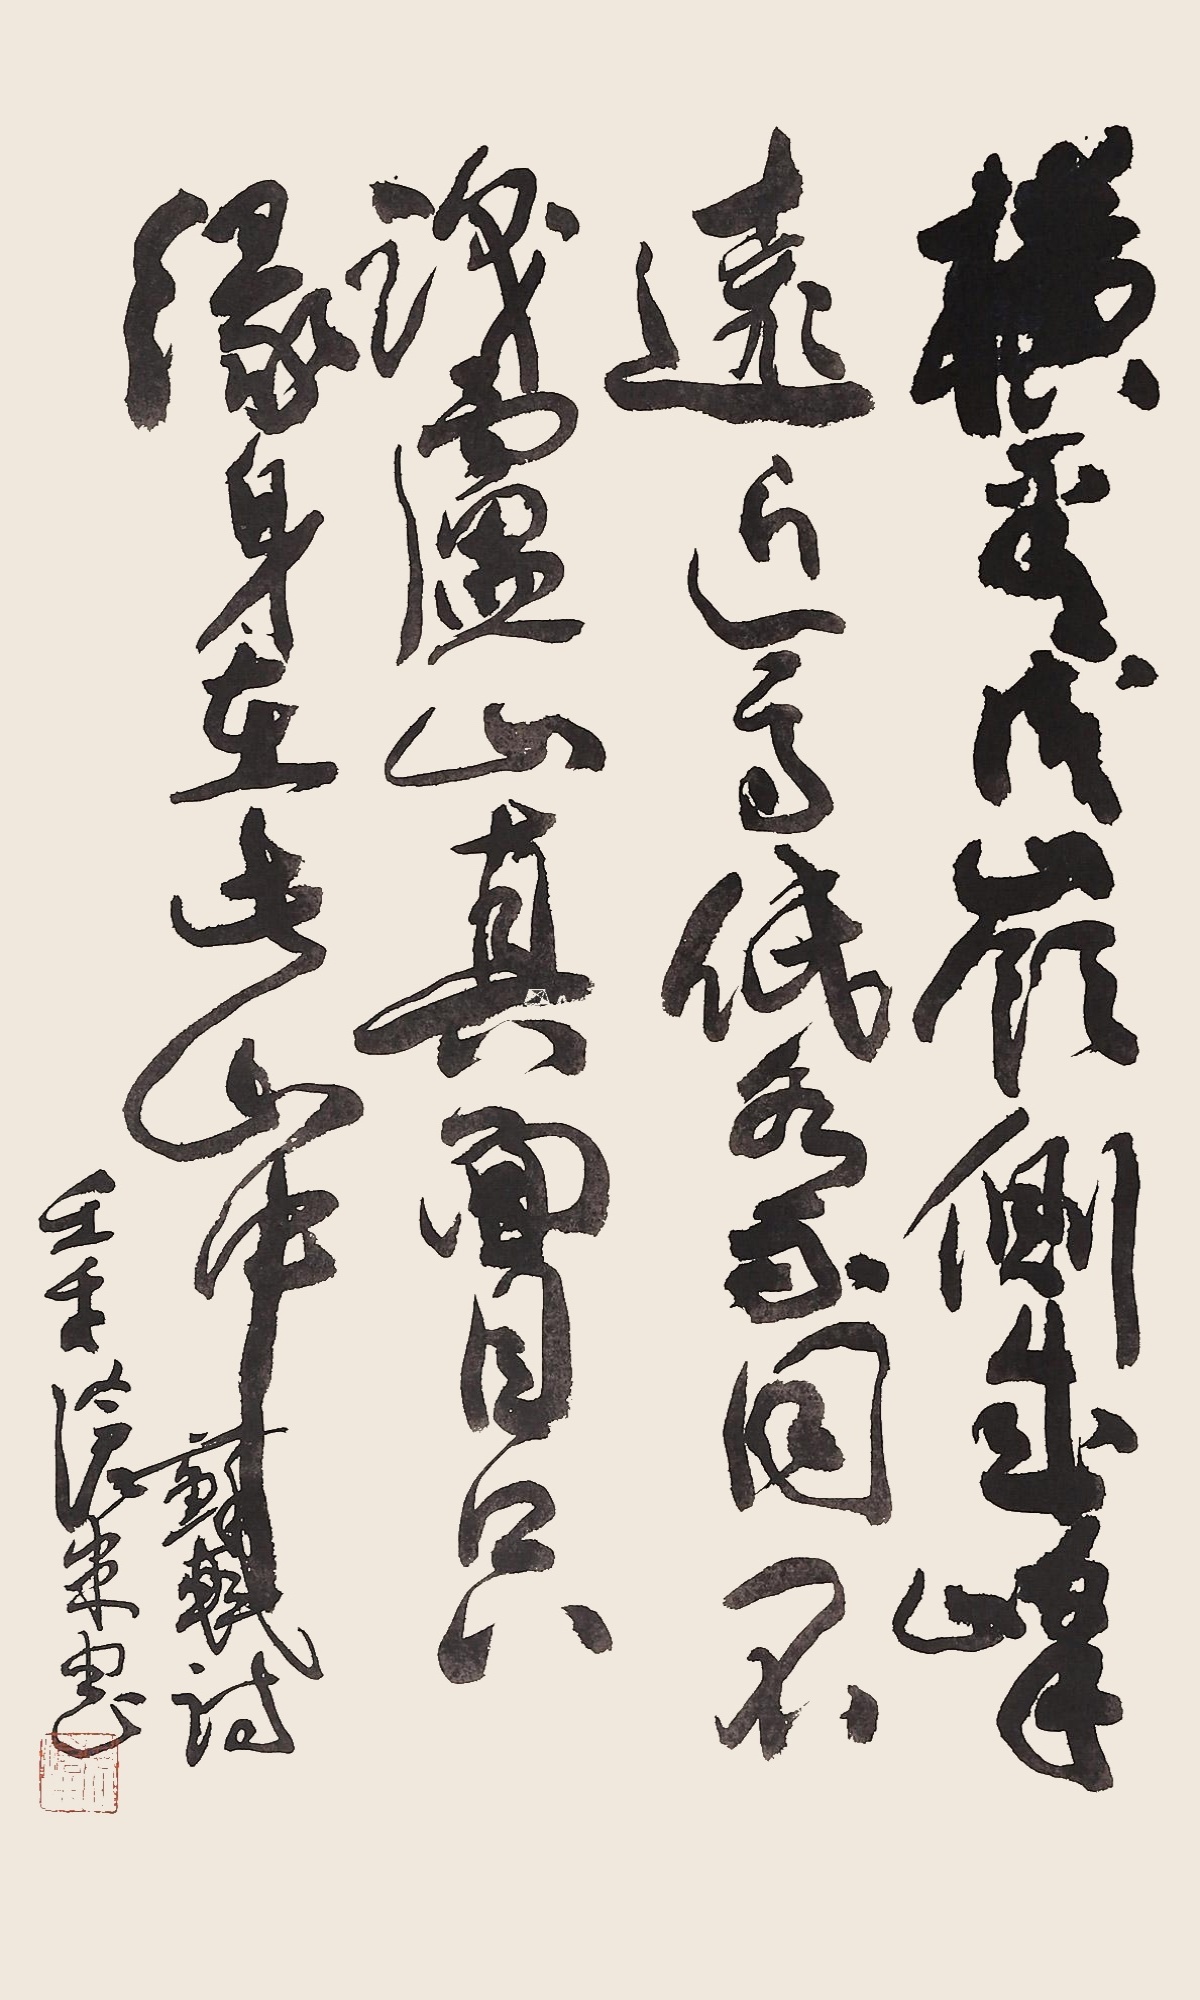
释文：横看成岭侧成峰，远近高低各不同。不识庐山真面目，只缘身在此山中。苏轼诗，壬午沧米书。